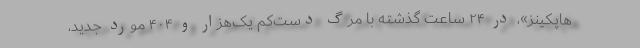
هاپکینز»، در ۲۴ ساعت گذشته با مرگ دست‌کم یک‌هزار و ۴۰۴ مورد جدید،